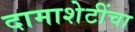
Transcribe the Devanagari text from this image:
दामाशेटींचा